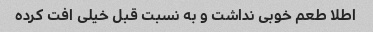
اطلا طعم خوبی نداشت و به نسبت قبل خیلی افت کرده